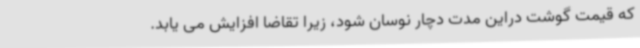
که قیمت گوشت دراین مدت دچار نوسان شود، زیرا تقاضا افزایش می یابد.